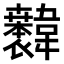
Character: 𫖐